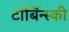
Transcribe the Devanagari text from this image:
टॉर्बिन्स्की